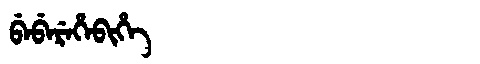
Manchu: ᠪᡝᠪᡝᡵᡝᡥᡝᠪᡳᡥᡝ
Romanization: BEBEREHEBIHE